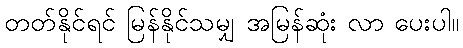
တတ်နိုင်ရင် မြန်နိုင်သမျှ အမြန်ဆုံး လာ ပေးပါ။